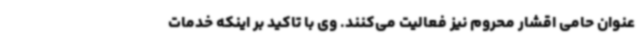
عنوان حامی اقشار محروم نیز فعالیت می‌کنند. وی با تاکید بر اینکه خدمات